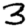
Digit: 3